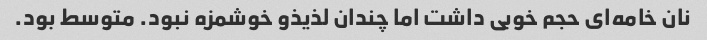
نان خامه‌ای حجم خوبی داشت اما چندان لذیذو خوشمزه نبود. متوسط بود.